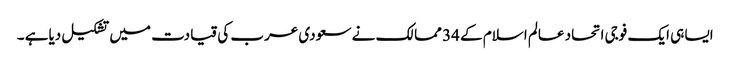
ایسا ہی ایک فوجی اتحاد عالم اسلام کے 34 ممالک نے سعودی عرب کی قیادت میں تشکیل دیاہے ۔